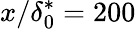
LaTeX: x/\delta_{0}^{*}=200